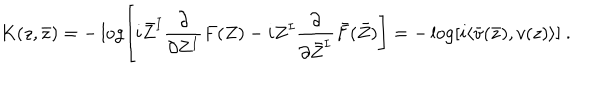
K ( z , \bar { z } ) = - \log \left[ i \bar { Z } ^ { I } \frac { \partial } { \partial Z ^ { I } } F ( Z ) - i Z ^ { I } \frac { \partial } { \partial \bar { Z } ^ { I } } \bar { F } ( \bar { Z } ) \right] = - \log \left[ i \langle \bar { v } ( \bar { z } ) , v ( z ) \rangle \right] \ .